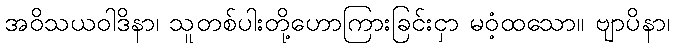
အဝိသယဝါဒိနာ၊ သူတစ်ပါးတို့ဟောကြားခြင်းငှာ မဝံ့ထသော။ ဗျာပိနာ၊